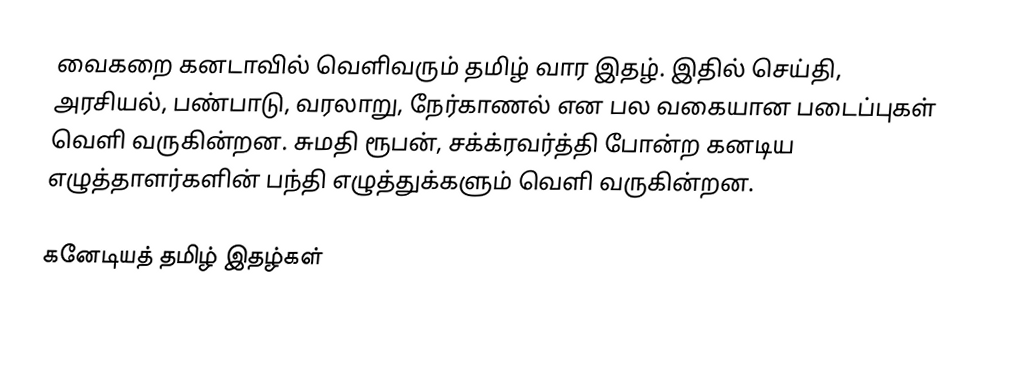
வைகறை கனடாவில் வெளிவரும் தமிழ் வார இதழ்.  இதில் செய்தி, அரசியல், பண்பாடு, வரலாறு, நேர்காணல் என பல வகையான படைப்புகள் வெளி வருகின்றன.  சுமதி ரூபன், சக்க்ரவர்த்தி போன்ற கனடிய எழுத்தாளர்களின் பந்தி எழுத்துக்களும் வெளி வருகின்றன.

கனேடியத் தமிழ் இதழ்கள்